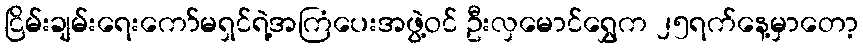
ငြိမ်းချမ်းရေးကော်မရှင်ရဲ့အကြံပေးအဖွဲ့ဝင် ဦးလှမောင်ရွှေက ၂၅ရက်နေ့မှာတော့